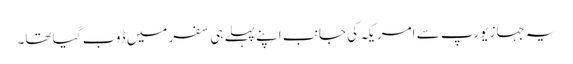
یہ جہاز یورپ سے امریکہ کی جانب اپنے پہلے ہی سفر میں ڈوب گیا تھا۔